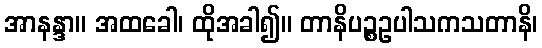
အာနန္ဒာ။ အထခေါ၊ ထိုအခါ၍။ တာနိပဉ္စဥပါသကသတာနိ၊